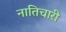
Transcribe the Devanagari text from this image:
नातिचारी